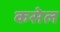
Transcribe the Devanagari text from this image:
कसेल